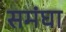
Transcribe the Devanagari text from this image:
समंघा